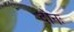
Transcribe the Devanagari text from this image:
दोनः